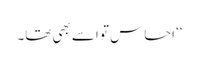
‘‘ احساس تو اسے بھی تھا۔